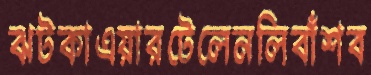
ঝটকাএয়ারটেলেনলিবাঁশব